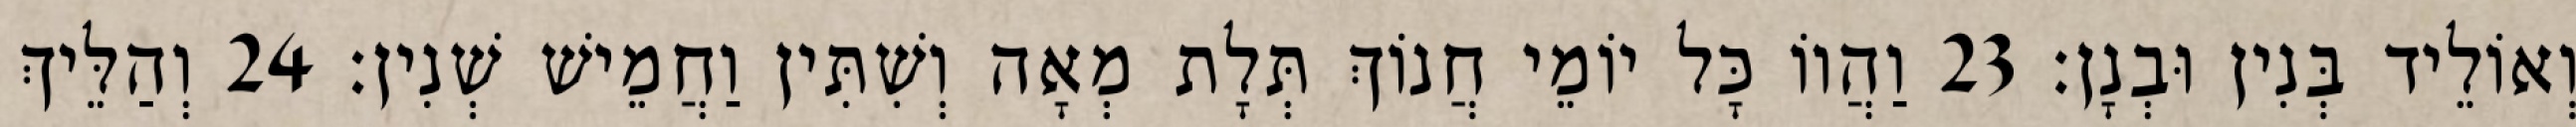
וְאוֹלֵיד בְּנִין וּבְנָן׃ 23 וַהֲווֹ כָּל יוֹמֵי חֲנוֹךְ תְּלָת מְאָה וְשִׁתִּין וַחֲמֵישׁ שְׁנִין׃ 24 וְהַלֵּיךְ